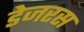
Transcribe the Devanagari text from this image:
डेजरस